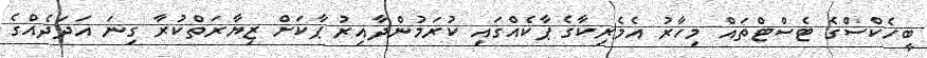
ބީހެކްސްގެ ޓެސްޓްތައް މިހާރު އެމެރިކާގެ ޕާކެއްގައި ކުރަމުންދާއިރު ޕާކަށް ޒިޔާރަތްކުރާ ގިނަ އަދަދެއްގެ